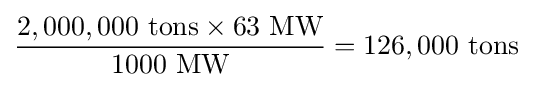
{\frac {2,000,000{\mbox{ tons}}\times 63{\mbox{ MW}}}{1000{\mbox{ MW}}}}=126,000{\mbox{ tons}}